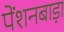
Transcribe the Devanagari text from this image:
पेंशनबाड़ा